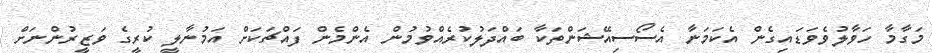
މަގާމާ ހަވާލުވެވަޑައިގެން އެކަމަނާ އެސޯސިއޭޝަންތަކާ ބައްދަލުކުރެއްވުމުން އެންމެން ފައްޗަކަށް އަމުނާލީ ކުރީގެ ވަޒީރުންނަށް